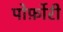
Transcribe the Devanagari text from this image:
पोर्फ़ोरी